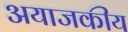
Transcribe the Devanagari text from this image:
अयाजकीय